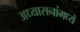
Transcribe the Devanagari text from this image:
अध्यासनांमध्ये